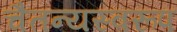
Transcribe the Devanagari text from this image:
चैतन्यस्वरूप